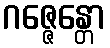
ဂဇ္ဇေန္တော